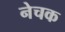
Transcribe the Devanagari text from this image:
नेचक